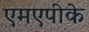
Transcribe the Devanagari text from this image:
एमएपीके